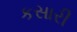
કસારી